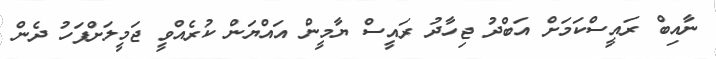
ނާއިބް ރައީސްކަމަށް އަބްދު ޖިހާދު ރައީސް ޔާމީން އައްޔަން ކުރެއްވީ ޖަމީލަށްފަހު ދެން